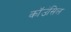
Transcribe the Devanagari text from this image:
कॉउंसिल